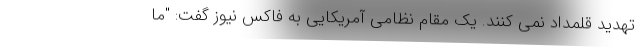
تهدید قلمداد نمی کنند. یک مقام نظامی آمریکایی به فاکس نیوز گفت: "ما